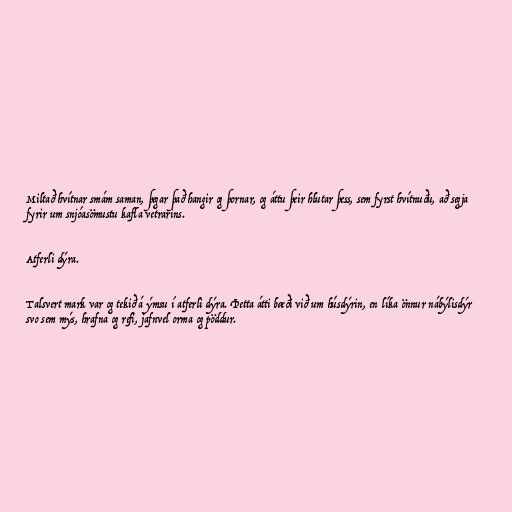
Miltað hvítnar smám saman, þegar það hangir og þornar, og áttu þeir hlutar þess, sem fyrst hvítnuðu, að segja
fyrir um snjóasömustu kafla vetrarins.

Atferli dýra.

Talsvert mark var og tekið á ýmsu í atferli dýra. Þetta átti bæði við um húsdýrin, en líka önnur nábýlisdýr
svo sem mýs, hrafna og refi, jafnvel orma og pöddur.